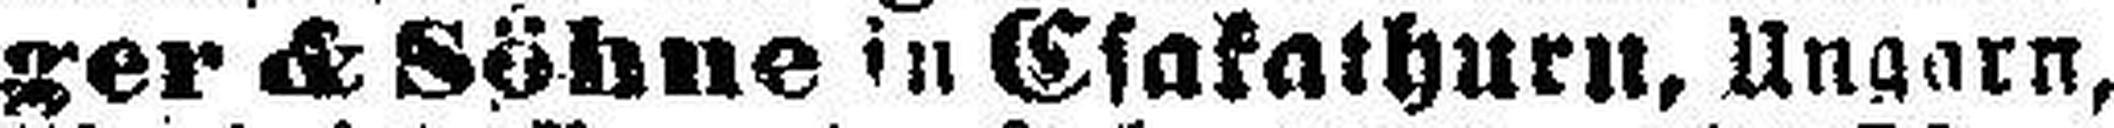
ger & Söhne in Esakathurn, Ungarn,